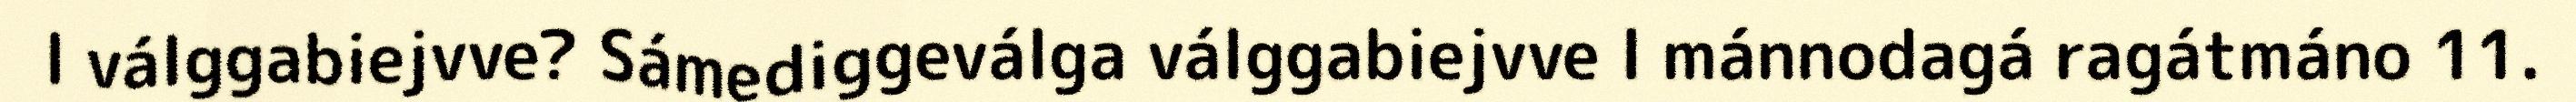
l válggabiejvve? Sámediggeválga válggabiejvve l mánnodagá ragátmáno 11.